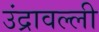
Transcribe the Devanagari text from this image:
उंद्रावल्ली